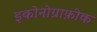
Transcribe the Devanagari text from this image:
इकोनोग्राफ़ीक